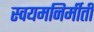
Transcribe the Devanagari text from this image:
स्वयमनिर्मीती